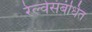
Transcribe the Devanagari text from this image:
रेल्वेसंबंधित